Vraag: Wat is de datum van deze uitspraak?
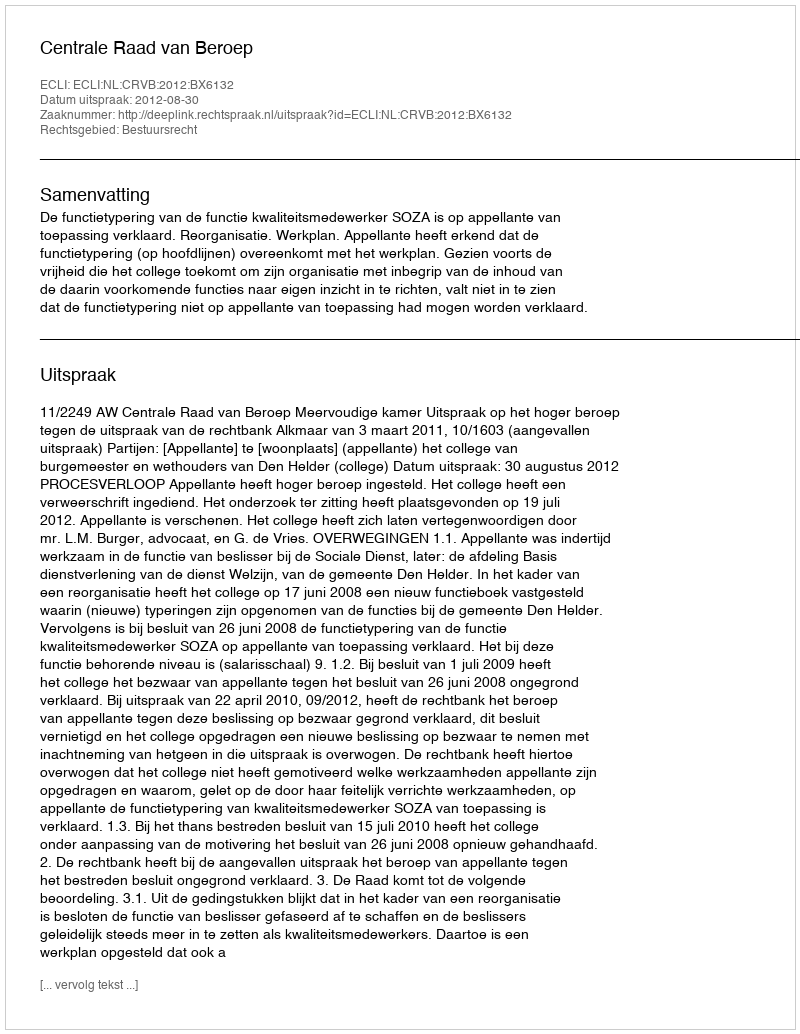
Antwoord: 2012-08-30